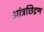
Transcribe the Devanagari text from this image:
आंत्रछिद्रण